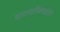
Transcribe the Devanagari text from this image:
बारामतीजवळचे